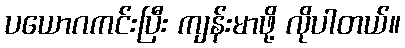
ပယောဂကင်းပြီး ကျန်းမာဖို့ လိုပါတယ်။